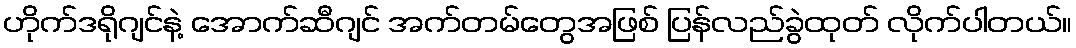
ဟိုက်ဒရိုဂျင်နဲ့ အောက်ဆီဂျင် အက်တမ်တွေအဖြစ် ပြန်လည်ခွဲထုတ် လိုက်ပါတယ်။